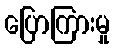
ပြောကြားမှု